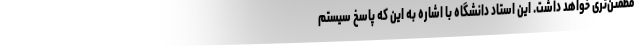
مطمئن‌تری خواهد داشت. این استاد دانشگاه با اشاره به این که پاسخ سیستم